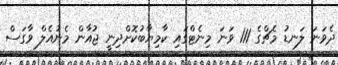
ދެވަނަ ލަނޑު މެޗްގެ 111 ވަނަ މިނެޓްގައި ކާމިޔާބުކޮށްދިނީ ޖުއާން މެނުއެލް ވާގަސް